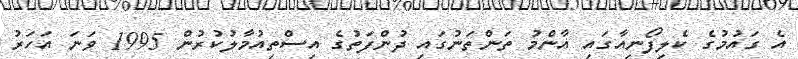
އެ ގައުމުގެ ކެލިފޯނިއާގައި އާންމު ތަންތަނުގައި ދުންފަތުގެ އިސްތިއުމާލުކުރުން 1995 ވަނަ އަހަރު